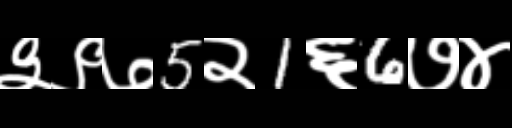
Text: ३९७5२1६6७४